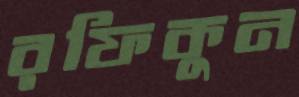
রফিকুন